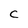
Character: C